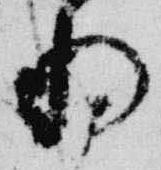
将